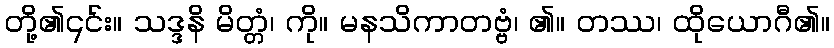
တို့၏၎င်း။ သဒ္ဒနိ မိတ္တံ၊ ကို။ မနသိကာတဗ္ဗံ၊ ၏။ တဿ၊ ထိုယောဂီ၏။